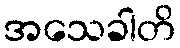
အသေခါတိ